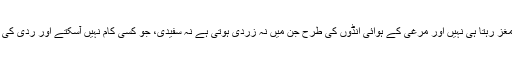
بعض ایسے ہوتے ہیں کہ ان میں مغز رہتا ہی نہیں اور مرغی کے ہوائی انڈوں کی طرح جن میں نہ زردی ہوتی ہے نہ سفیدی، جو کسی کام نہیں آسکتے اور ردّی کی طرح پھینک دئیے جاتے ہیں …۔